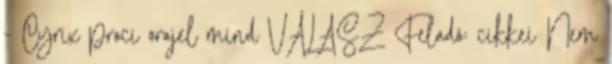
- Cyrix proci orajel mind VÁLASZ Feladó: cikkei Nem